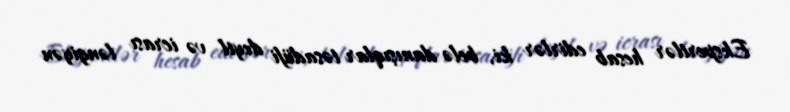
Ekspertlər hesab edirlər ki, belə danışıqlar təsadüfi deyil və icrası ləngiyən